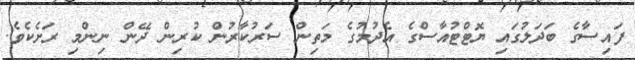
ފައިސާގެ ބަދަލުގައި ޔޮޓްޓުއާސްގެ އެދުމުގެ މަތިން ސަރުކާރުން ކުރިން ދޭން ނިންމި ރަށެކެވެ.